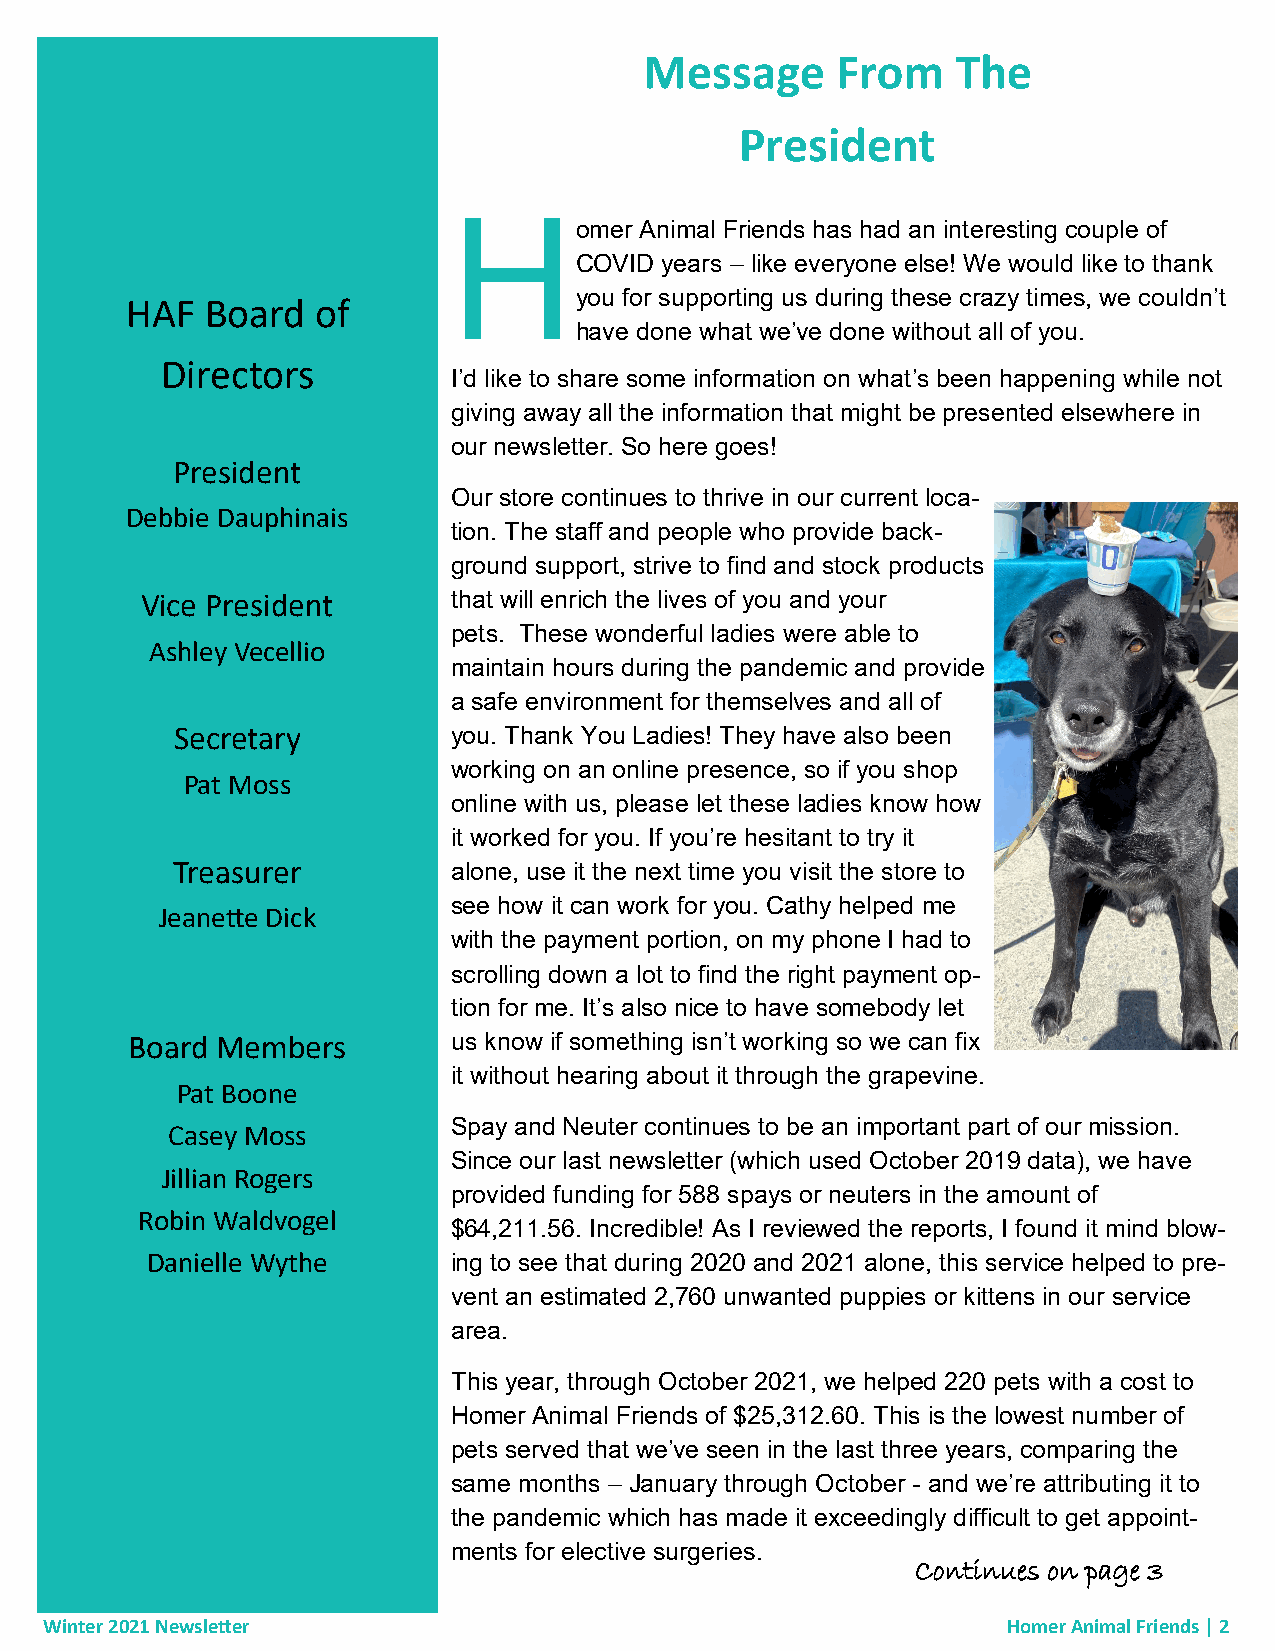
Message     From    The
 President
 H
 omer Animal Friends has had an interesting couple of
 COVID years – like everyone else! We would like to thank
 you for supporting us during these crazy times, we couldn’t
 HAF   Board  of
 have done what we’ve done without all of you.
 Directors
 I’d like to share some information on what’s been happening while not
 giving away all the information that might be presented elsewhere in
 our newsletter. So here goes!
 President
 Our store continues to thrive in our current loca-
 Debbie Dauphinais
 tion. The staff and people who provide back-
 ground support, strive to find and stock products
 Vice President       that will enrich the lives of you and your
 pets. These wonderful ladies were able to
 Ashley Vecellio
 maintain hours during the pandemic and provide
 a safe environment for themselves and all of
 Secretary         you. Thank You Ladies! They have also been
 working on an online presence, so if you shop
 Pat Moss
 online with us, please let these ladies know how
 it worked for you. If you’re hesitant to try it
 Treasurer          alone, use it the next time you visit the store to
 see how it can work for you. Cathy helped me
 Jeanette Dick
 with the payment portion, on my phone I had to
 scrolling down a lot to find the right payment op-
 tion for me. It’s also nice to have somebody let
 Board Members         us know if something isn’t working so we can fix
 it without hearing about it through the grapevine.
 Pat Boone
 Spay and Neuter continues to be an important part of our mission.
 Casey Moss
 Since our last newsletter (which used October 2019 data), we have
 Jillian Rogers
 provided funding for 588 spays or neuters in the amount of
 Robin Waldvogel
 $64,211.56. Incredible! As I reviewed the reports, I found it mind blow-
 Danielle Wythe      ing to see that during 2020 and 2021 alone, this service helped to pre-
 vent an estimated 2,760 unwanted puppies or kittens in our service
 area.
 This year, through October 2021, we helped 220 pets with a cost to
 Homer Animal Friends of $25,312.60. This is the lowest number of
 pets served that we’ve seen in the last three years, comparing the
 same months – January through October - and we’re attributing it to
 the pandemic which has made it exceedingly difficult to get appoint-
 ments for elective surgeries.
 Continues on page 3
 Winter 2021 Newsletter                                          Homer Animal Friends | 2